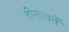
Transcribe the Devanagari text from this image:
होनावर्ते